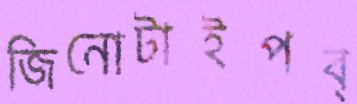
জিনোটাইপব্